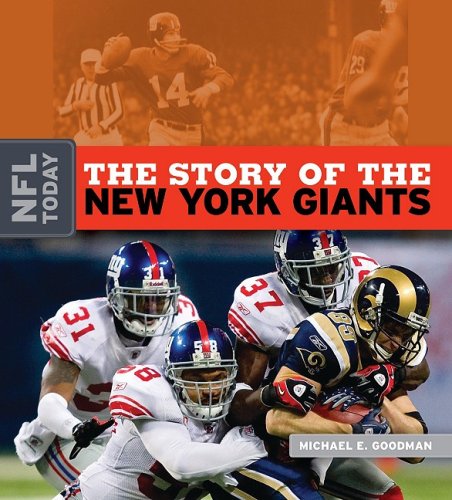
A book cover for The Story of the New York Giants (NFL Today (Creative Education Hardcover)); Michael E. Goodman; Teen & Young Adult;